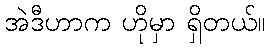
အဲဒီဟာက ဟိုမှာ ရှိတယ်။